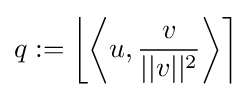
{\textstyle q:=\left\lfloor {\left\langle u,{\dfrac {v}{||v||^{2}}}\right\rangle }\right\rceil }